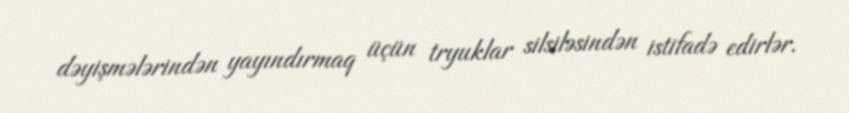
dəyişmələrindən yayındırmaq üçün tryuklar silsiləsindən istifadə edirlər.